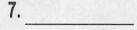
7.___